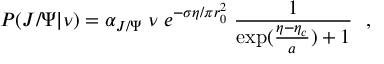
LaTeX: P ( J / \Psi | \nu ) = \alpha _ { J / \Psi } \; \nu \; e ^ { - \sigma \eta / \pi r _ { 0 } ^ { 2 } } \; { \frac { 1 } { \exp ( { \frac { \eta - \eta _ { c } } { a } } ) + 1 } } \ \ ,